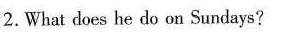
2.What does he do on Sundays?